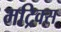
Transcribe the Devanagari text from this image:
मट्रिक्स